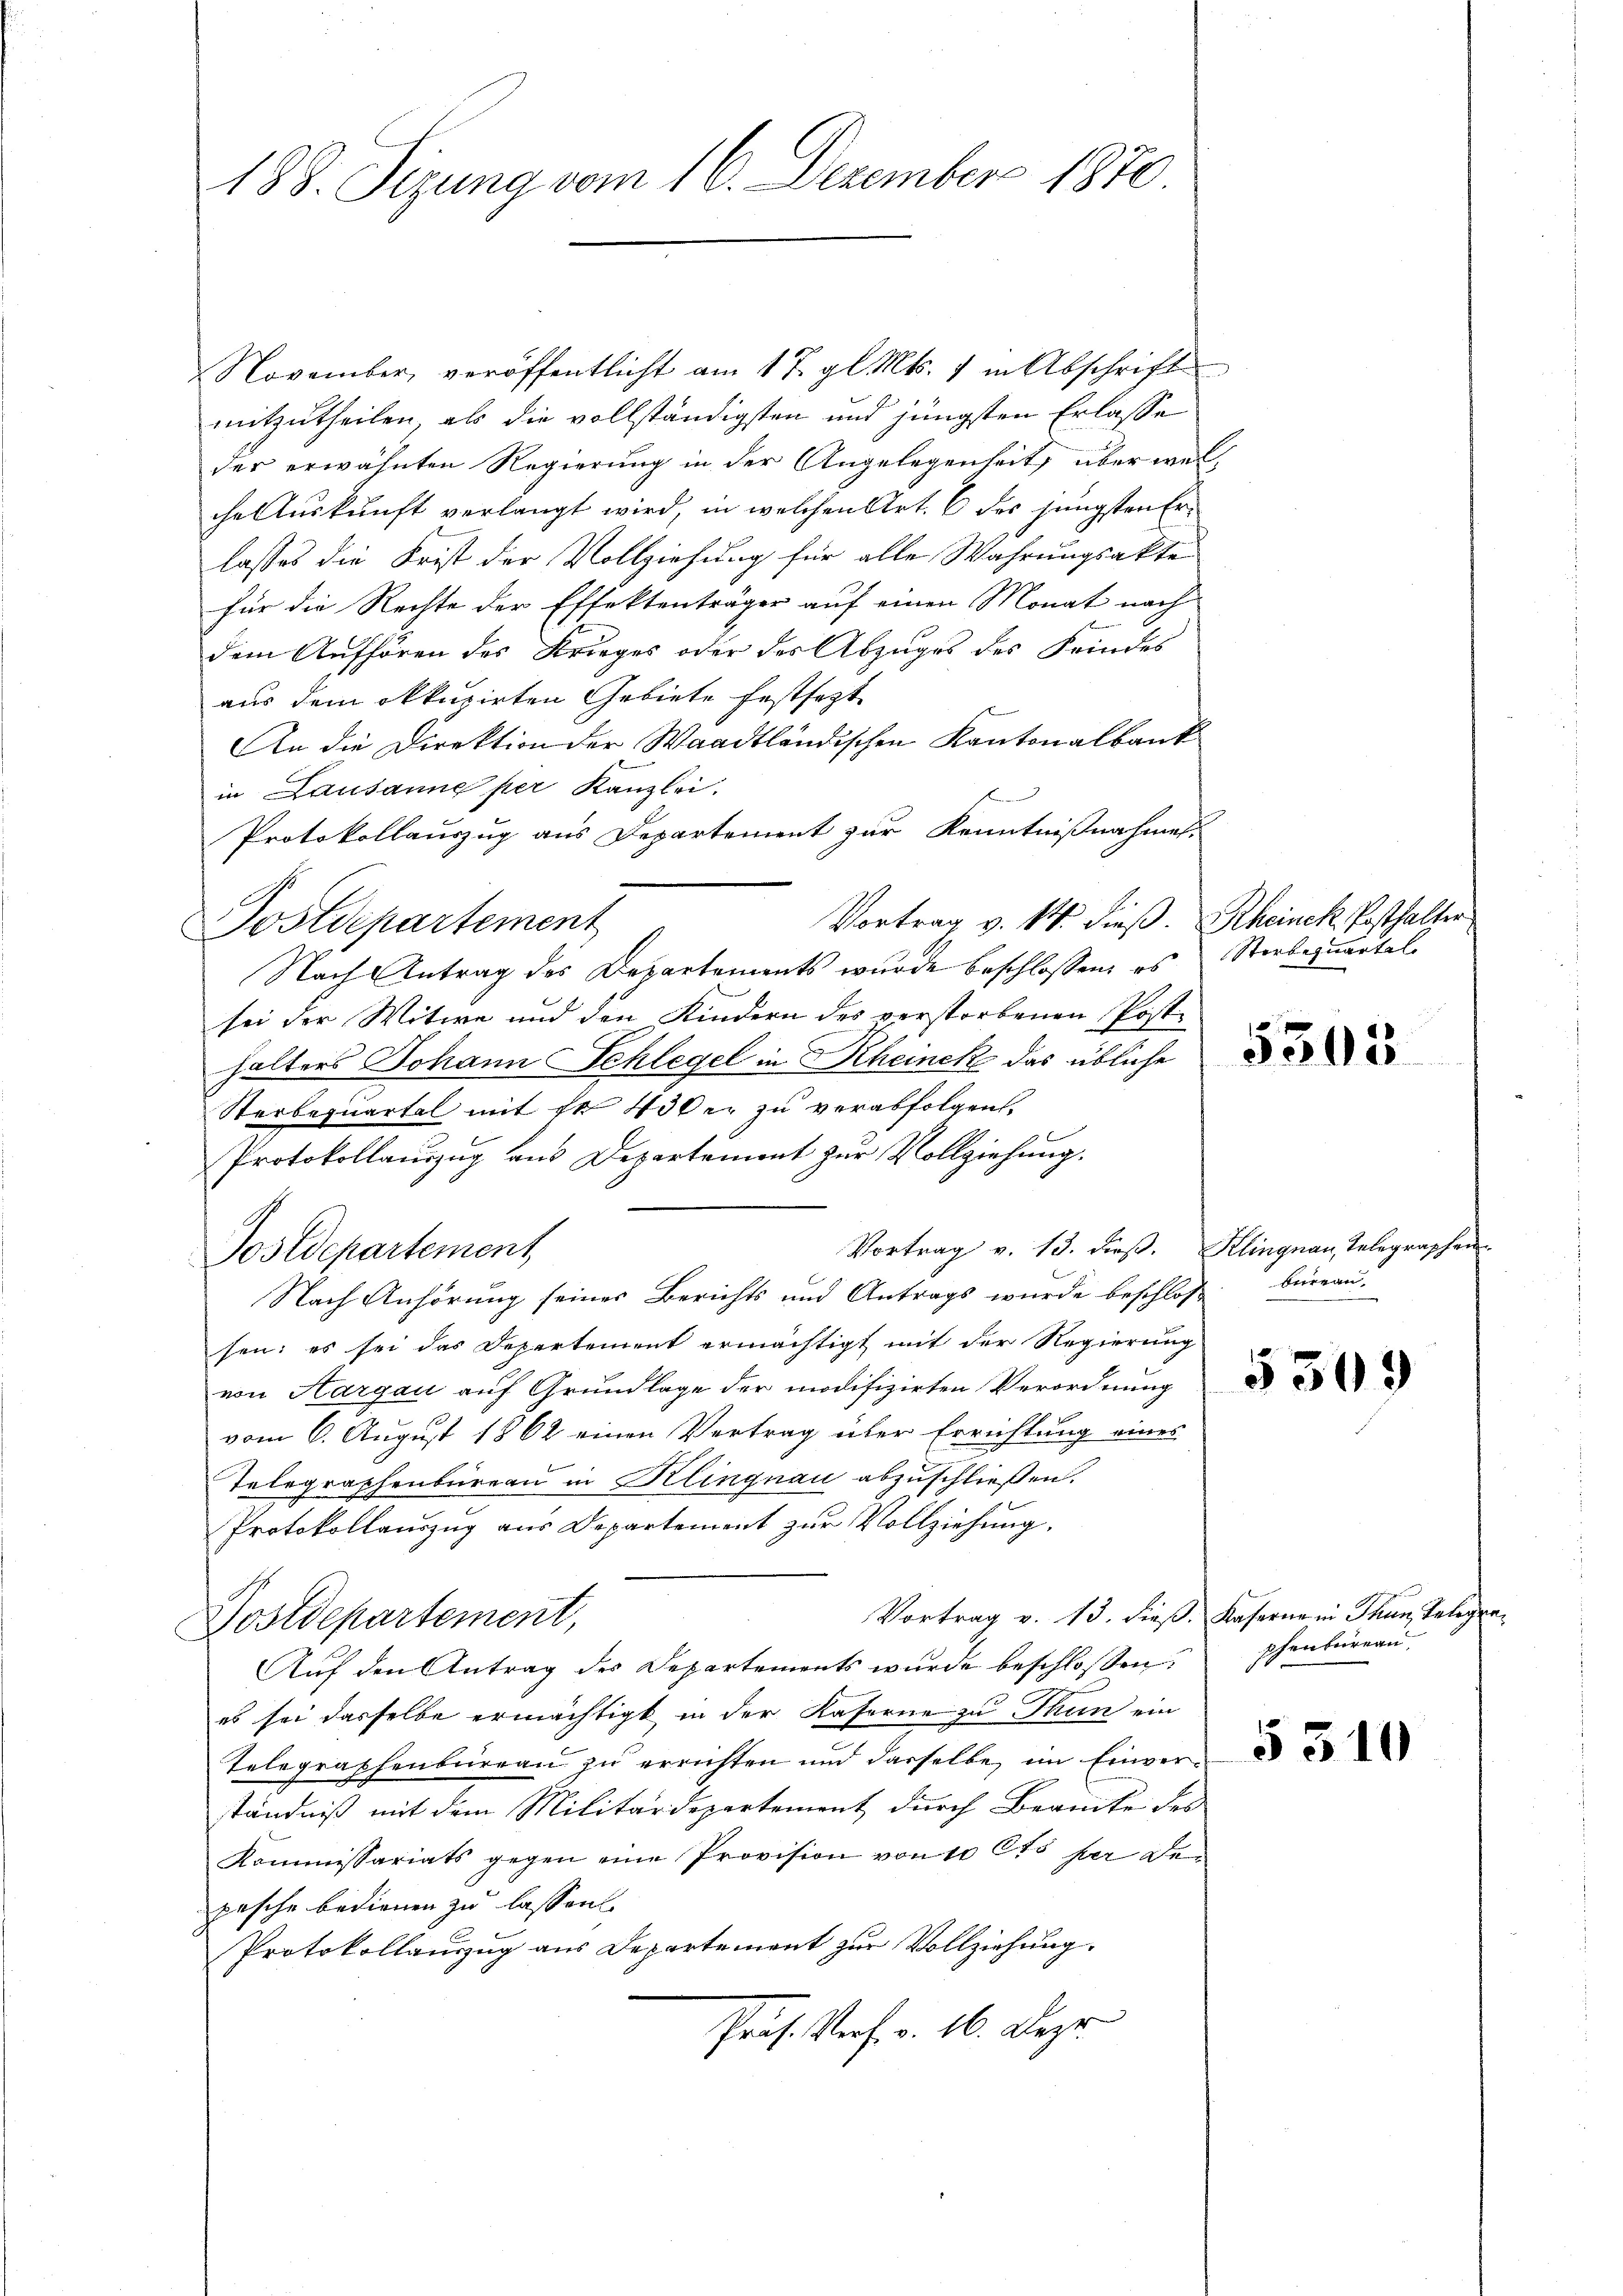
188. Sizung vom 16. Dezember 1870

November, veröffentlicht am 17. gl. Mts. 1 in Abschrift
mitzutheilen, als die vollständigsten und jüngsten Erlasse
der erwähnten Regierung in der Angelegenheit, über welche Auskunft verlangt wird, in welchen Art. 6 des jüngsten Erlasses die Frist der Vollziehung für alle Wahrungsakte
für die Rechte der Effektenträger auf einen Monat nach
dem Aufhören des Krieges oder der Abzuges des Friedes
aus dem kuzirten Gebiete festsezt
An die Direktion der Waadtländischen Kantonalbank
in Lausanne per Kanzlei.
Protokollauszug aus Departement zur Kenntnißnahmes
Vortrag v. 14. dieß. Rheinek Posthalter
Postdepartement
Nach Antrag des Departements wurde beschlossen, es Sterbequartal
sei der Witwe und den Kindern des verstorbenen Post-
halters Johann Schlegel in Rheinek das übliche e
Sterbequartal mit fl 430 er zu verabfolgen.
Protokollauszug aus Departement zur Vollziehung.
Vortrag v. 13. dieß. Klingnau, Telegraphen
Postdepartement
Nach Anhörung seines Berichts und Antrags wurde beschloß
sen; es sei das Departement ermächtigt mit der Regierung
von Aargau aŭf Grŭndlage der modifizirten Verordnŭng
vom 6. August 1862 einen Vertrag über Errichtung eines
Telegraphenbureau in Klingnau abzuschließen.
Protokollauszug aus Departement zur Vollziehung,
Vortrag v. 13. dieβ. Kaserne in Thun, Telegra¬
Postdepartement,
Auf den Antrag des Departements wurde beschlossen:
es sei dasselbe ermächtigt in der Kaserne zu Thun ein
Telegraphenbüreaŭ zŭ errichten und derselbe im Einverständniß mit dem Militärdepartement durch Beamte des
Kommissariats gegen eine Provision von 10 Cts per depasche bedienen zu lassen
Protokollauszug aus Departement zur Vollziehung.
Präs. Verf. v. 16. Deze

bureau.

phenbüreau,